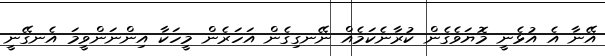
އޭނާ އެ އުޅެނީ މޮޔަވެގެން ކުރާނެކަމެއް ނޭނގިގެން އަހަރެން މީހަކާ އިންނަންވީމަ އެނގޭނީ